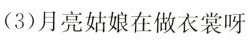
(3)月亮姑娘在做衣裳呀